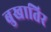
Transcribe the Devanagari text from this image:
बुखातिर